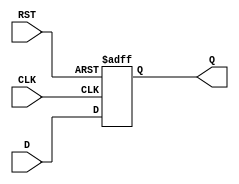
module FlipFlopRegister #(
    parameter WIDTH = 8   // Parameter for register width (e.g., 8 for an 8-bit register)
) (
    input wire [WIDTH-1:0] D,    // Data input
    input wire CLK,                // Clock input
    input wire RST,                // Reset input
    output reg [WIDTH-1:0] Q       // Data output
);

    // Asynchronous reset behavior
    always @(posedge CLK or posedge RST) begin
        if (RST) begin
            Q <= {WIDTH{1'b0}};       // Reset all bits to 0
        end else begin
            Q <= D;                  // Capture input data on clock edge
        end
    end

endmodule